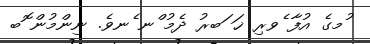
ުމގެ އުފާ ެވރި ޚަ ަބރު ދެމު ްނ ެނވެ. ނިންމުން ޮބ